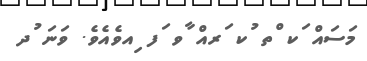
މަސައް ަކ ްތ ުކ ަރއް ާވ ަފ ިއވެއެވެ. ވަނަ ުދ